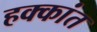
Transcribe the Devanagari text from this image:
हक्कांत